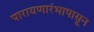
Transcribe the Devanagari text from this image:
पारायणारंभापासून